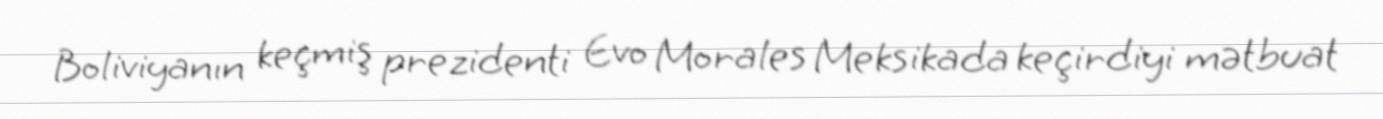
Boliviyanın keçmiş prezidenti Evo Morales Meksikada keçirdiyi mətbuat